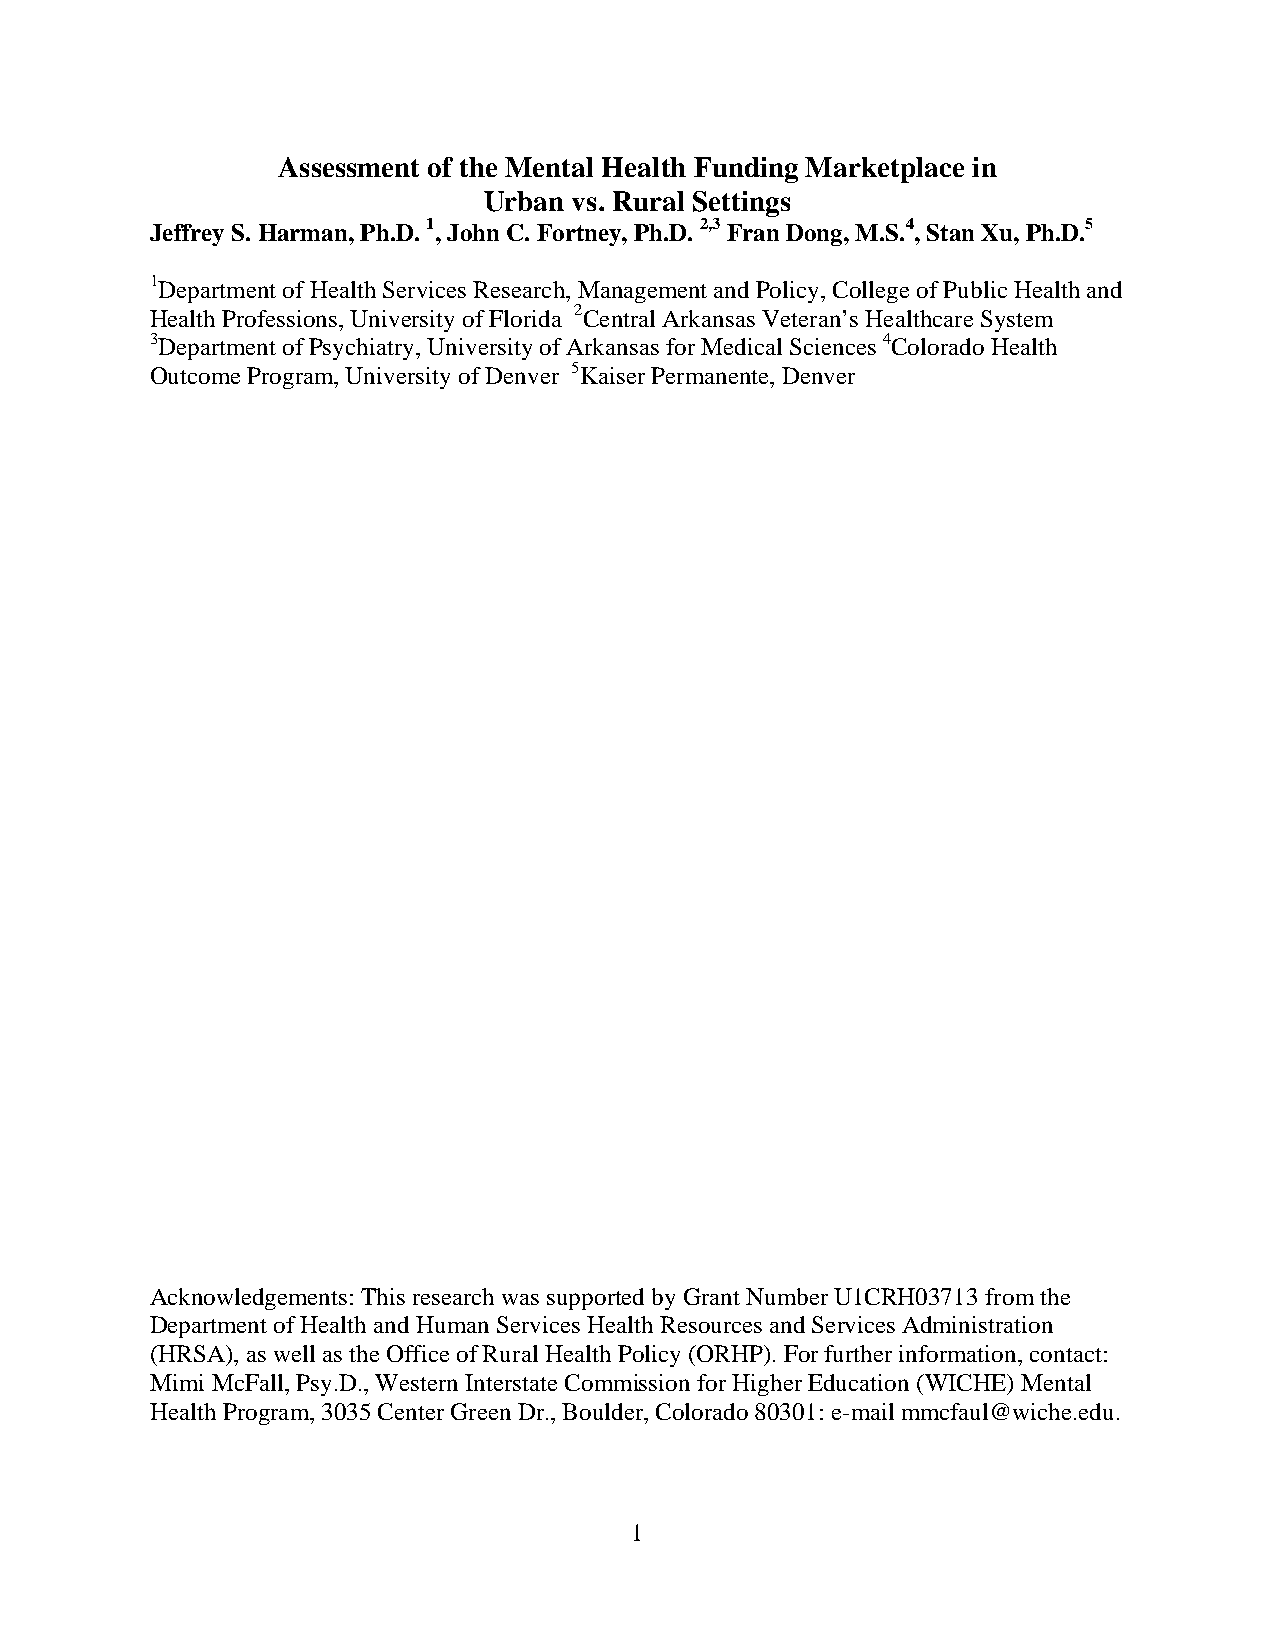
Assessment of the Mental Health Funding Marketplace in
 Urban vs. Rural Settings
 Jeffrey S. Harman, Ph.D. 1, John C. Fortney, Ph.D. 2,3 Fran Dong, M.S.4, Stan Xu, Ph.D.5
 1Department of Health Services Research, Management and Policy, College of Public Health and
 Health Professions, University of Florida 2Central Arkansas Veteran’s Healthcare System
 3Department of Psychiatry, University of Arkansas for Medical Sciences 4Colorado Health
 Outcome Program, University of Denver 5Kaiser Permanente, Denver
 Acknowledgements: This research was supported by Grant Number U1CRH03713 from the
 Department of Health and Human Services Health Resources and Services Administration
 (HRSA), as well as the Office of Rural Health Policy (ORHP). For further information, contact:
 Mimi McFall, Psy.D., Western Interstate Commission for Higher Education (WICHE) Mental
 Health Program, 3035 Center Green Dr., Boulder, Colorado 80301: e-mail mmcfaul@wiche.edu.
 1